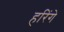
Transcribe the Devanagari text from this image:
हरिंगे